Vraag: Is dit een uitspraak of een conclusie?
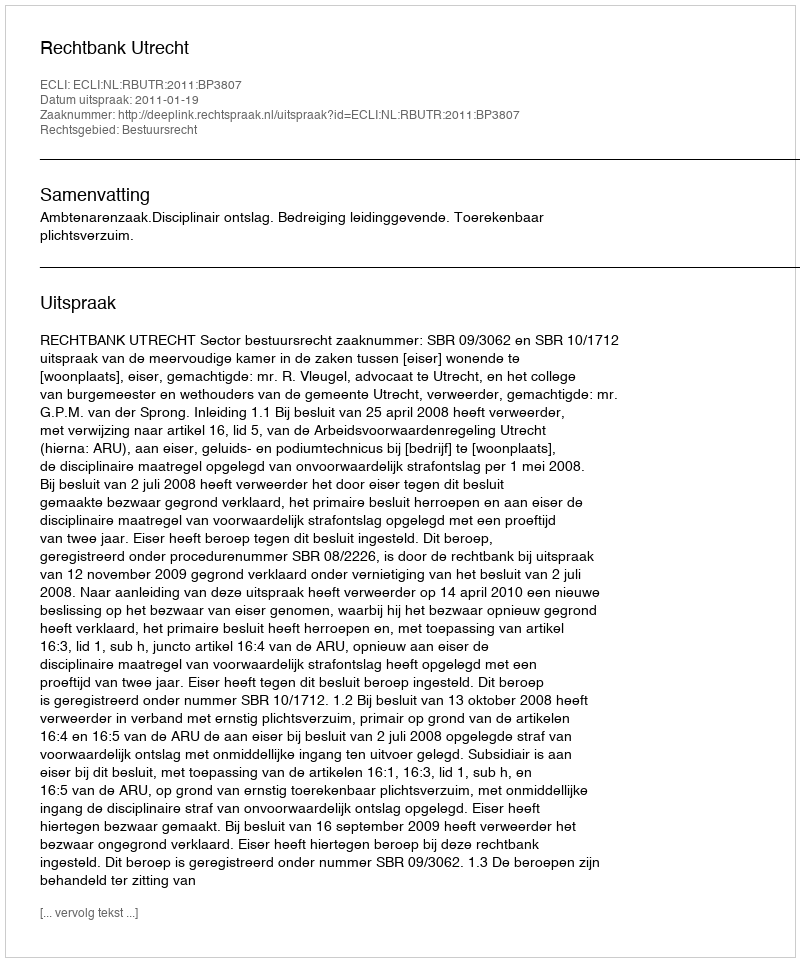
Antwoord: Uitspraak